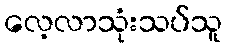
လေ့လာသုံးသပ်သူ